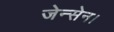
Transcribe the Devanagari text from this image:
जेन्सेन।